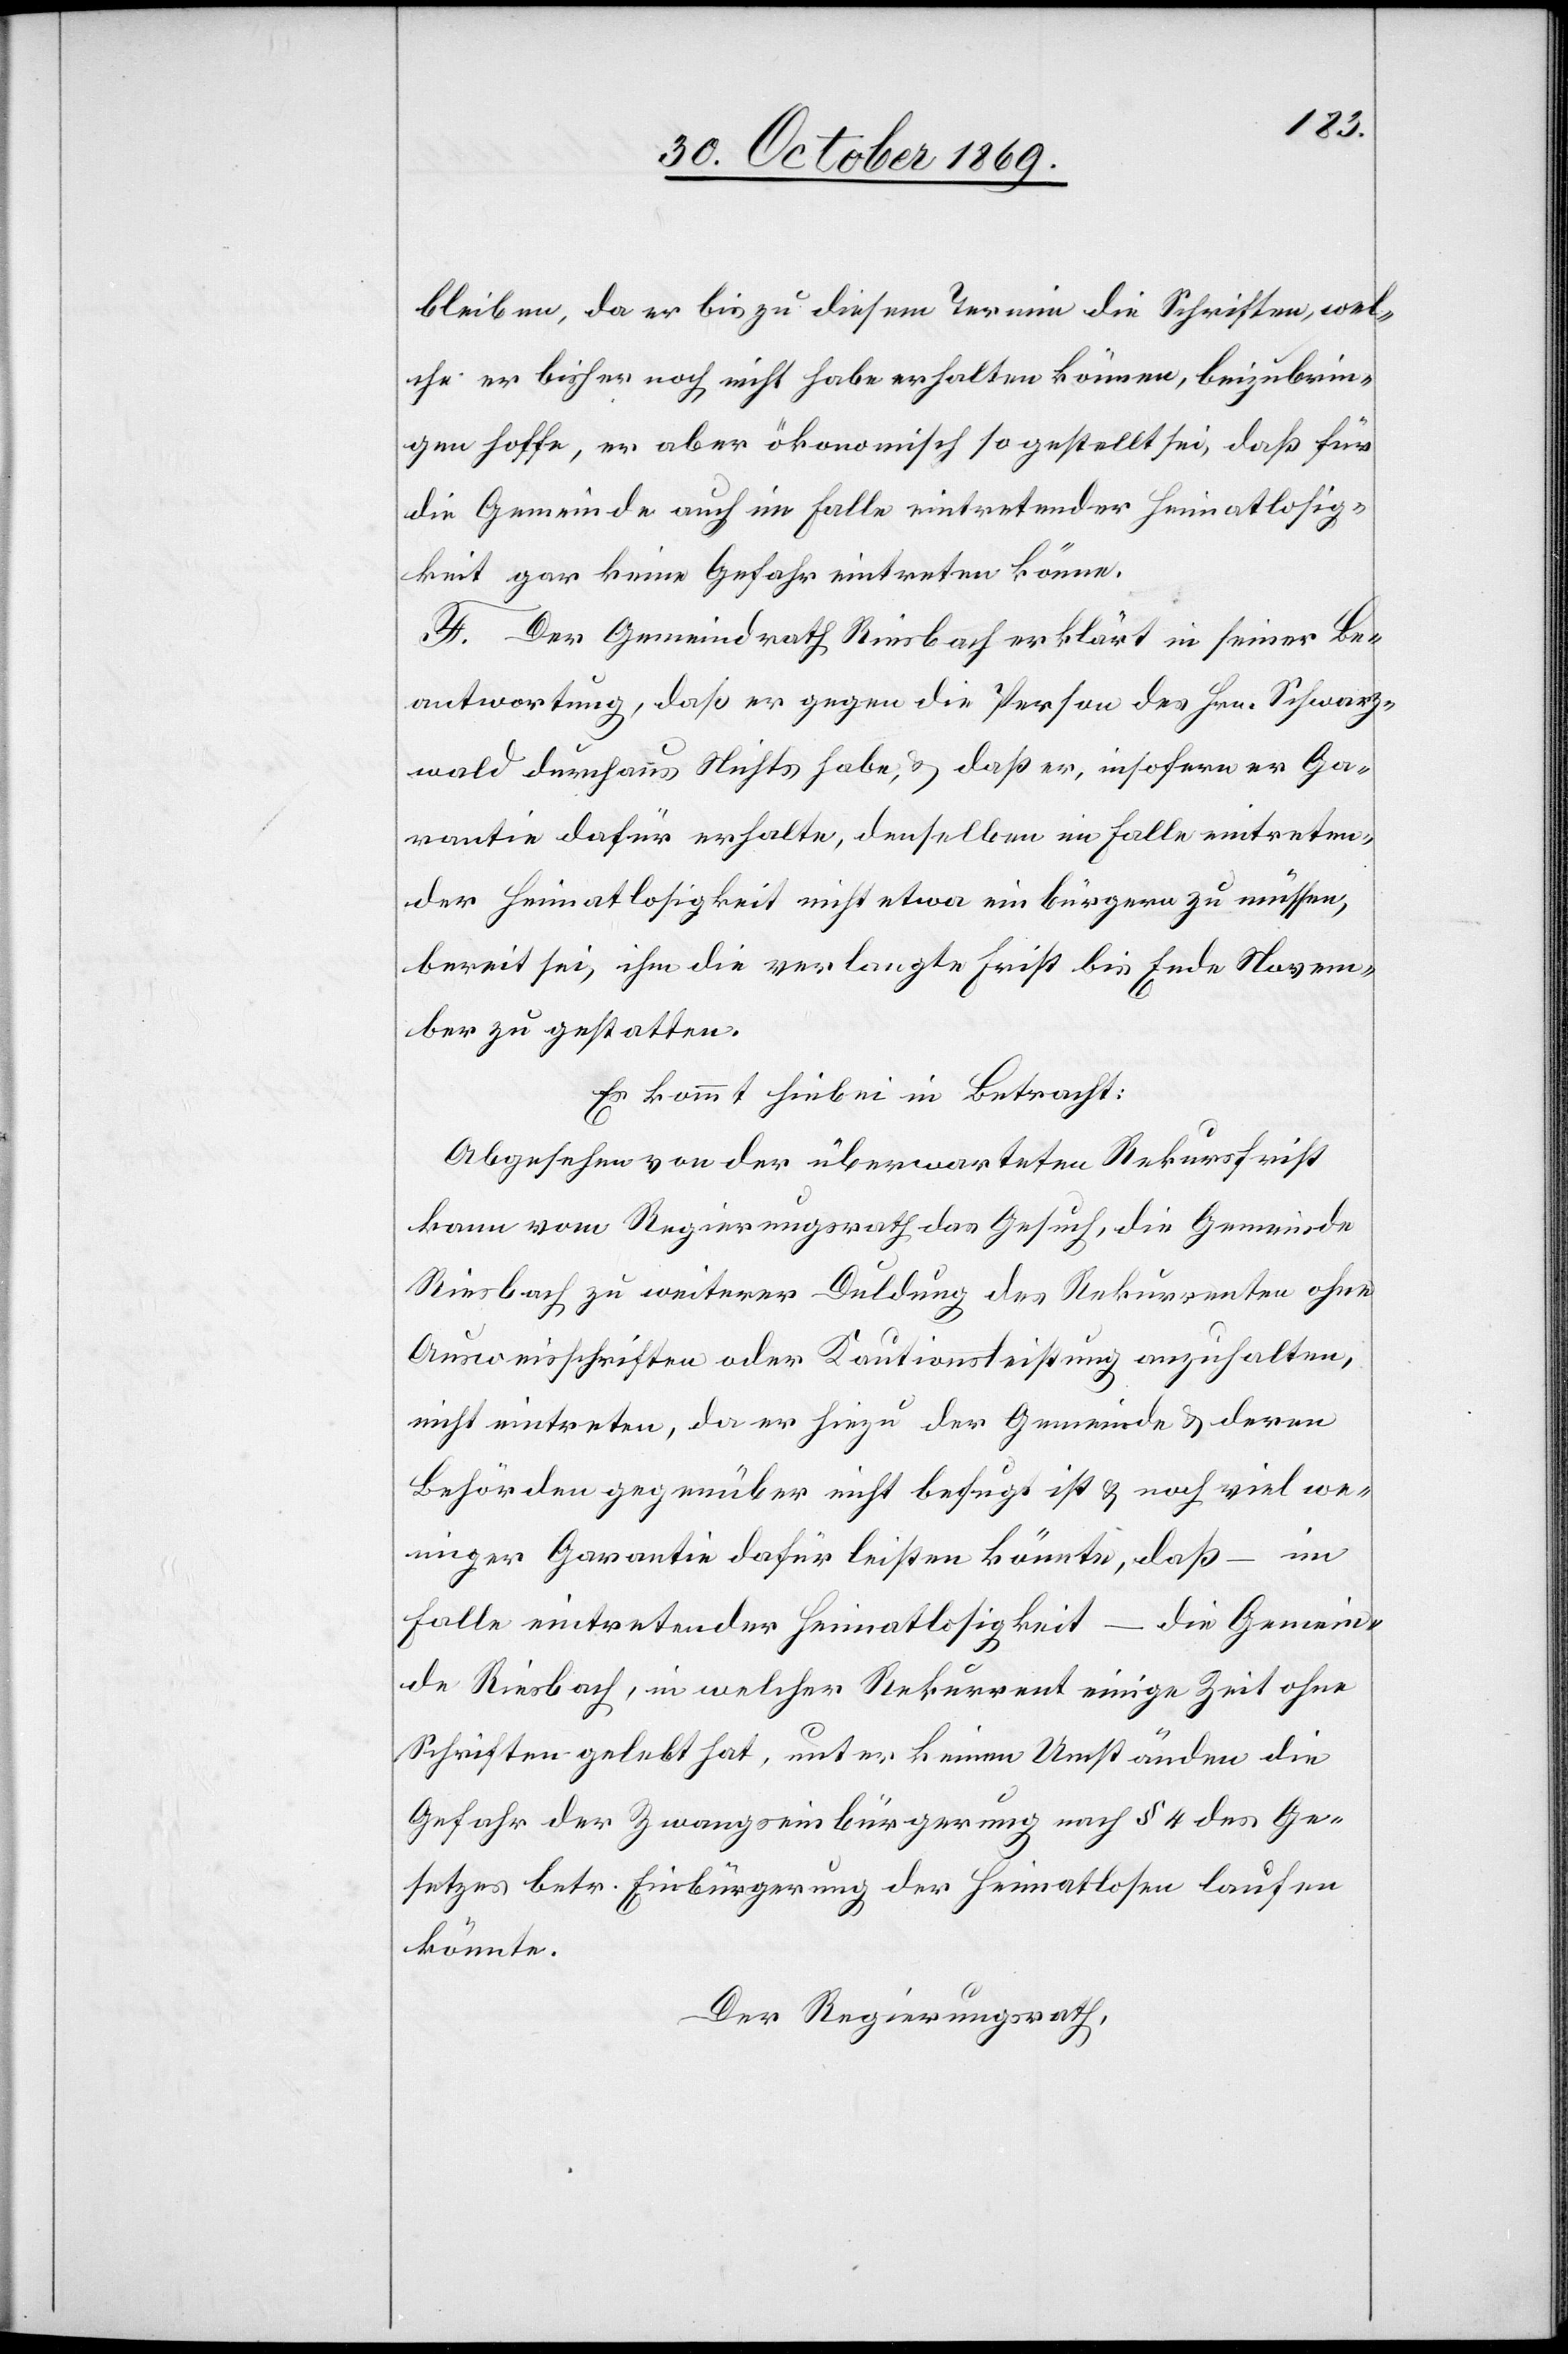
bleiben, da er bis zu diesem Termin die Schriften, wel¬
che er bisher noch nicht habe erhalten können, beizubrin¬
gen hoffe, er aber ökonomisch so gestellt sei, daß für
die Gemeinde auch im Falle eintretender Heimatlosig¬
keit gar keine Gefahr eintreten könne.
F. Der Gemeindrath Riesbach erklärt in seiner Be¬
antwortung, daß er gegen die Person des Hrn. Schwarz¬
wald durchaus Nichts habe, & daß er, insofern er Ga¬
rantie dafür erhalte, denselben im Falle eintreten¬
der Heimatlosigkeit nicht etwa einbürgern zu müssen,
bereit sei, ihm die verlangte Frist bis Ende Novem¬
ber zu gestatten.
Es kommt hiebei in Betracht:
Abgesehen von der überwarteten Rekursfrist
kann vom Regierungsrath das Gesuch, die Gemeinde
Riesbach zu weiterer Duldung des Rekurrenten ohne
Ausweisschriften oder Kautionsleistung anzuhalten,
nicht eintreten, da er hiezu der Gemeinde & deren
Behörden gegenüber nicht befugt ist & noch viel we¬
niger Garantie dafür leisten könnte, daß – im
Falle eintretender Heimatlosigkeit – die Gemein¬
de Riesbach, in welcher Rekurrent einige Zeit ohne
Schriften gelebt hat, unter keinen Umständen die
Gefahr der Zwangseinbürgerung nach § 4 des Ge¬
setzes betr. Einbürgerung der Heimatlosen laufen
könnte.
Der Regierungsrath,